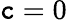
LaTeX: \mathtt{c}=0